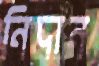
নিদান